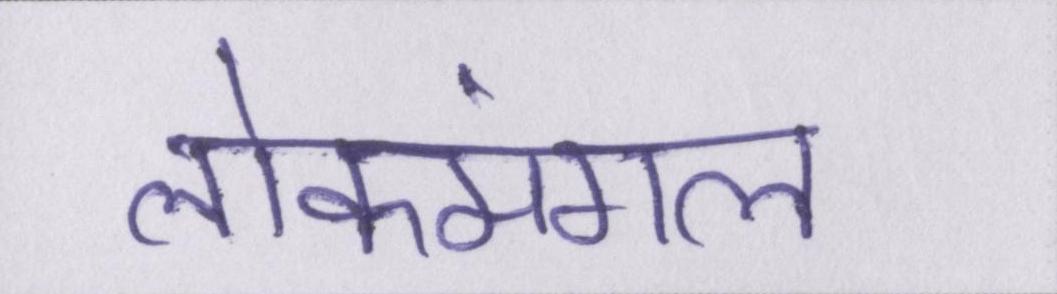
लोकमंगल